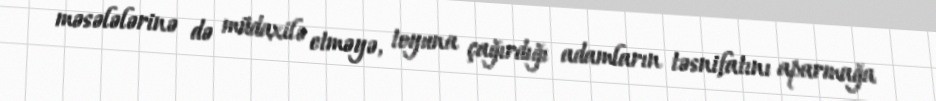
məsələlərinə də müdaxilə etməyə, toyuna çağırdığı adamların təsnifatını aparmağa